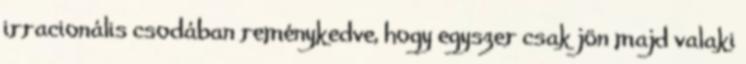
irracionális csodában reménykedve, hogy egyszer csak jön majd valaki